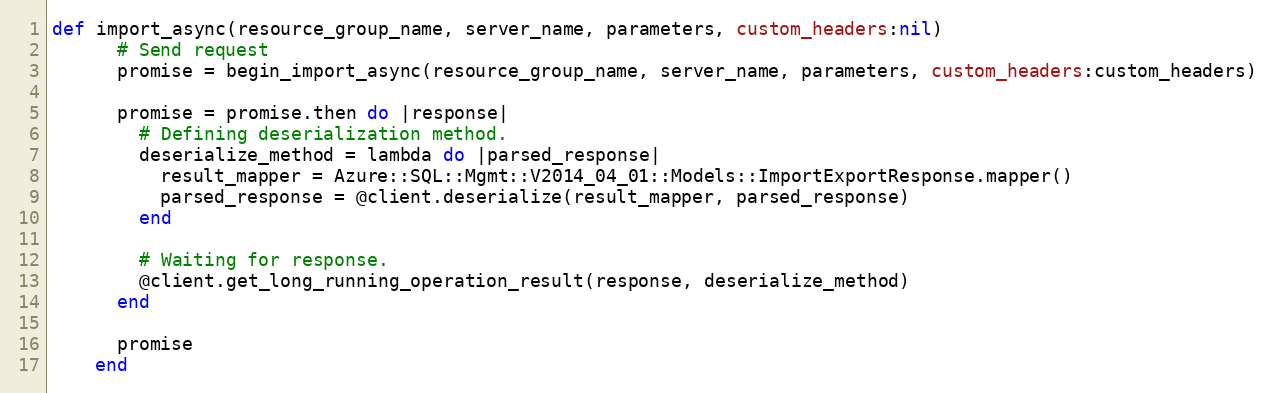
Language: Ruby
def import_async(resource_group_name, server_name, parameters, custom_headers:nil)
      # Send request
      promise = begin_import_async(resource_group_name, server_name, parameters, custom_headers:custom_headers)

      promise = promise.then do |response|
        # Defining deserialization method.
        deserialize_method = lambda do |parsed_response|
          result_mapper = Azure::SQL::Mgmt::V2014_04_01::Models::ImportExportResponse.mapper()
          parsed_response = @client.deserialize(result_mapper, parsed_response)
        end

        # Waiting for response.
        @client.get_long_running_operation_result(response, deserialize_method)
      end

      promise
    end